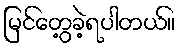
မြင်တွေ့ခဲ့ရပါတယ်။